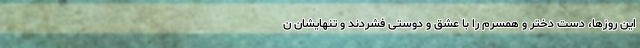
این روزها، دست دختر و همسرم را با عشق و دوستی فشردند و تنهایشان ن